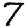
Digit: 7